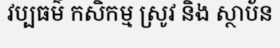
វប្បធម៌ កសិកម្ម ស្រូវ និង ស្ថាប័ន